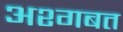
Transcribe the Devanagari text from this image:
अश्गबत